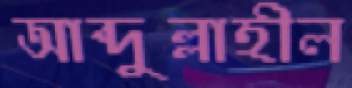
আব্দুল্লাহীল